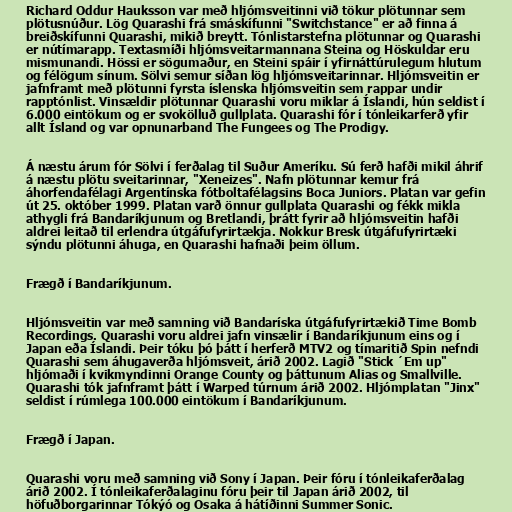
Richard Oddur Hauksson var með hljómsveitinni við tökur plötunnar sem
plötusnúður. Lög Quarashi frá smáskífunni "Switchstance" er að finna á
breiðskífunni Quarashi, mikið breytt. Tónlistarstefna plötunnar og Quarashi
er nútímarapp. Textasmíði hljómsveitarmannana Steina og Höskuldar eru
mismunandi. Hössi er sögumaður, en Steini spáir í yfirnáttúrulegum hlutum
og félögum sínum. Sölvi semur síðan lög hljómsveitarinnar. Hljómsveitin er
jafnframt með plötunni fyrsta íslenska hljómsveitin sem rappar undir
rapptónlist. Vinsældir plötunnar Quarashi voru miklar á Íslandi, hún seldist í
6.000 eintökum og er svokölluð gullplata. Quarashi fór í tónleikarferð yfir
allt Ísland og var opnunarband The Fungees og The Prodigy.

Á næstu árum fór Sölvi í ferðalag til Suður Ameríku. Sú ferð hafði mikil áhrif
á næstu plötu sveitarinnar, "Xeneizes". Nafn plötunnar kemur frá
áhorfendafélagi Argentínska fótboltafélagsins Boca Juniors. Platan var gefin
út 25. október 1999. Platan varð önnur gullplata Quarashi og fékk mikla
athygli frá Bandaríkjunum og Bretlandi, þrátt fyrir að hljómsveitin hafði
aldrei leitað til erlendra útgáfufyrirtækja. Nokkur Bresk útgáfufyrirtæki
sýndu plötunni áhuga, en Quarashi hafnaði þeim öllum.

Frægð í Bandaríkjunum.

Hljómsveitin var með samning við Bandaríska útgáfufyrirtækið Time Bomb
Recordings. Quarashi voru aldrei jafn vinsælir í Bandaríkjunum eins og í
Japan eða Íslandi. Þeir tóku þó þátt í herferð MTV2 og tímaritið Spin nefndi
Quarashi sem áhugaverða hljómsveit, árið 2002. Lagið "Stick ´Em up"
hljómaði í kvikmyndinni Orange County og þáttunum Alias og Smallville.
Quarashi tók jafnframt þátt í Warped túrnum árið 2002. Hljómplatan "Jinx"
seldist í rúmlega 100.000 eintökum í Bandaríkjunum.

Frægð í Japan.

Quarashi voru með samning við Sony í Japan. Þeir fóru í tónleikaferðalag
árið 2002. Í tónleikaferðalaginu fóru þeir til Japan árið 2002, til
höfuðborgarinnar Tókýó og Osaka á hátíðinni Summer Sonic.